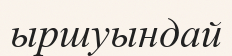
ыршуындай